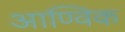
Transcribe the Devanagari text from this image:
आण्‍विक